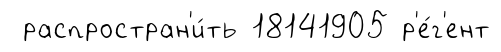
распростран'и́ть 18141905 р'е́г'ент